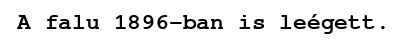
A falu 1896-ban is leégett.